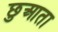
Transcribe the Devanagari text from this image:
छुआता